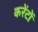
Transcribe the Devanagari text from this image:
करेंटों